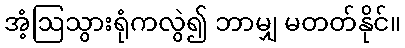
အံ့ဩသွားရုံကလွဲ၍ ဘာမျှ မတတ်နိုင်။